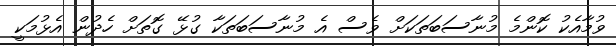
ވުމާއެކު ކޮންމެ މުނާސަބަތަކަށް ވެސް އެ މުނާސަބަތަކާ ގުޅޭ ގޮތަށް ހެދުން އެޅުމަކީ